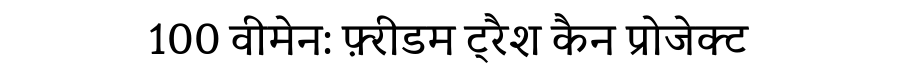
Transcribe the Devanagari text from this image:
100 वीमेन: फ़्रीडम ट्रैश कैन प्रोजेक्ट